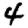
Digit: 4